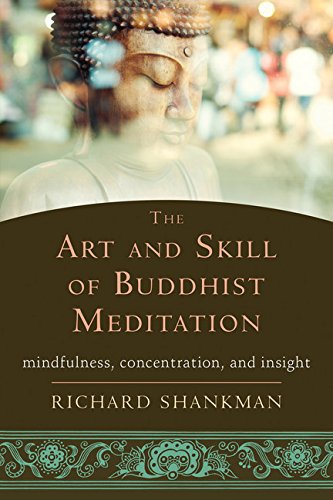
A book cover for The Art and Skill of Buddhist Meditation: Mindfulness, Concentration, and Insight; Richard Shankman; Religion & Spirituality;